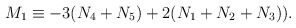
\begin{align*}M_1 \equiv -3(N_4+N_5) + 2(N_1+N_2+N_3)) .\end{align*}